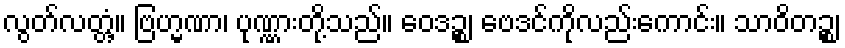
လွတ်လတ္တံ့။ ဗြဟ္မဏာ၊ ပုဏ္ဏားတို့သည်။ ဝေဒဉ္စ၊ ဗေဒင်ကိုလည်းကောင်း။ သာဝိတဉ္စ၊